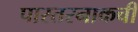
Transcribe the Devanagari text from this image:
पास्तरनाकची